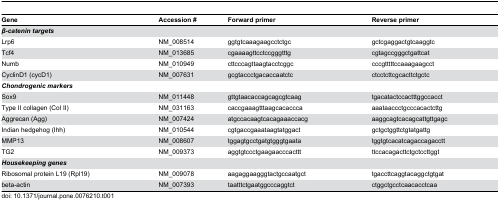
<table><thead><tr><td colspan="2"><b>Gene</b></td><td><b>Accession #</b></td><td><b>Forward primer</b></td><td><b>Reverse primer</b></td></tr></thead><tbody><tr><td colspan="2"><b><i>β-catenin targets</i></b></td><td></td><td></td><td></td></tr><tr><td colspan="2">Lrp6</td><td>NM_008514</td><td>ggtgtcaaagaagcctctgc</td><td>gctcgaggactgtcaaggtc</td></tr><tr><td colspan="2">Tcf4</td><td>NM_013685</td><td>cgaaaagttcctccgggtttg</td><td>cgtagccgggctgattcat</td></tr><tr><td colspan="2">Numb</td><td>NM_010949</td><td>cttcccagttaagtacctcggc</td><td>cccgtttttccaaagaagcct</td></tr><tr><td colspan="2">CyclinD1 (cycD1)</td><td>NM_007631</td><td>gcgtaccctgacaccaatctc</td><td>ctcctcttcgcacttctgctc</td></tr><tr><td colspan="3"><b><i>Chondrogenic markers</i></b></td><td></td><td></td></tr><tr><td>Sox9</td><td colspan="2">NM_011448</td><td>gttgtaacaccagcagcgtcaag</td><td>tgacatactccactttggccacct</td></tr><tr><td>Type II collagen (Col II)</td><td colspan="2">NM_031163</td><td>caccgaaagtttaagcacaccca</td><td>aaataaccctgcccacactcttg</td></tr><tr><td>Aggrecan (Agg)</td><td colspan="2">NM_007424</td><td>atgccacaagtcacagaaaccacg</td><td>aaggcagtcacagcattgttgagc</td></tr><tr><td>Indian hedgehog (Ihh)</td><td colspan="2">NM_010544</td><td>cgtgaccgaaataagtatggact</td><td>gctgctggttctgtatgattg</td></tr><tr><td>MMP13</td><td colspan="2">NM_008607</td><td>tggagtgcctgatgtgggtgaata</td><td>tggtgtcacatcagaccagacctt</td></tr><tr><td>TG2</td><td colspan="2">NM_009373</td><td>aggtgtccctgaagaacccacttt</td><td>ttccacagacttctgctccttggt</td></tr><tr><td colspan="3"><b><i>Housekeeping genes</i></b></td><td></td><td></td></tr><tr><td>Ribosomal protein L19 (Rpl19)</td><td colspan="2">NM_009078</td><td>aagaggaagggtactgccaatgct</td><td>tgaccttcaggtacaggctgtgat</td></tr><tr><td>beta-actin</td><td colspan="2">NM_007393</td><td>taatttctgaatggcccaggtct</td><td>ctggctgcctcaacacctcaa</td></tr></tbody></table>